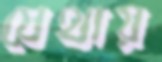
যেথায়